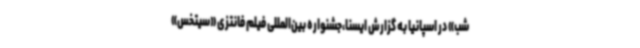
شب» در اسپانیا به گزارش ایسنا،جشنواره بین‌المللی فیلم فانتزی «سیتخس»